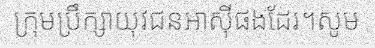
ក្រុមប្រឹក្សាយុវជនអាស៊ីផងដែរ។សូម